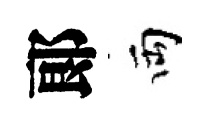
郞両